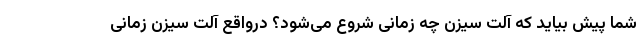
شما پیش بیاید که آلت سیزن چه زمانی شروع می‌شود؟ درواقع آلت سیزن زمانی